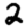
Digit: 2